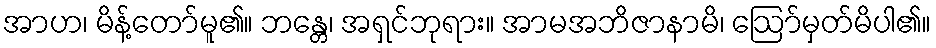
အာဟ၊ မိန့်တော်မူ၏။ ဘန္တေ၊ အရှင်ဘုရား။ အာမအဘိဇာနာမိ၊ ဩော်မှတ်မိပါ၏။